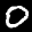
Label: 0